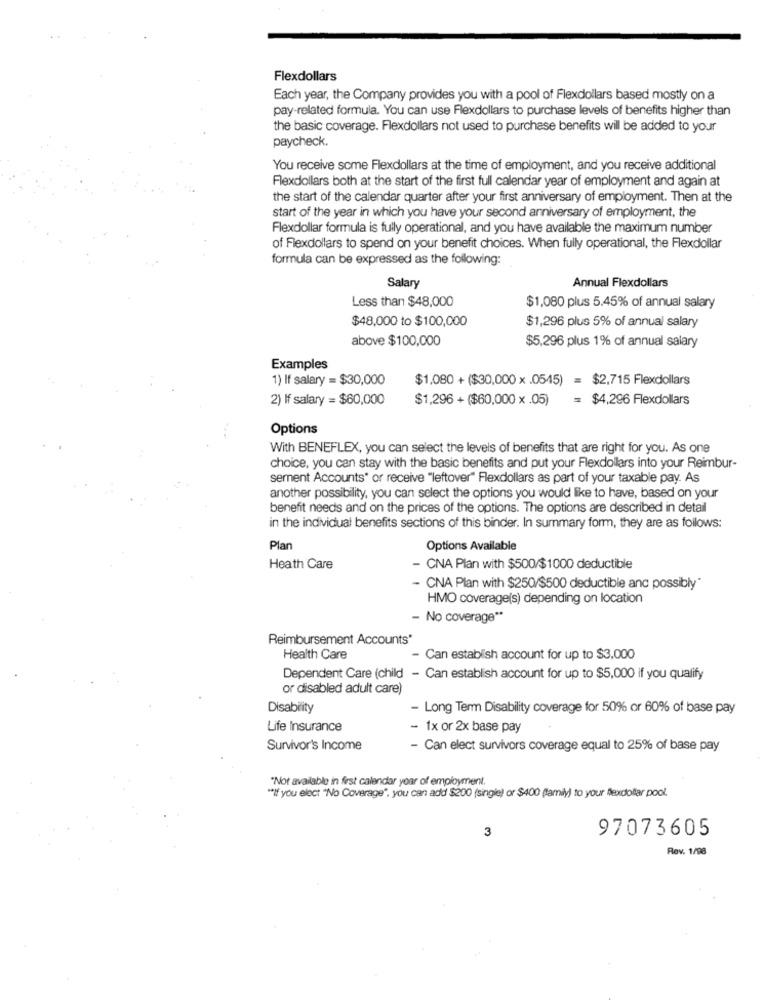
Flexdollars
Each year, the Company provides you with a pool of Flexdollars based mostly on a
pay-related formula. You can use Flexdollars to purchase levels of benefits higher than
the basic coverage. Flexdollars not used to purchase benefits will be added to your
paycheck.
You receive some Flexdollars at the time of employment, and you receive additional
Flexdollars both at the start of the first full calendar year of employment and again at
the start of the calendar quarter after your first anniversary of employment. Then at the
start of the year in which you have your second anniversary of employment, the
Flexdollar formula is fully operational, and you have available the maximum number
of Flexdollars to spend on your benefit choices. When fully operational, the Flexdollar
formula can be expressed as the following:
Salary
Annual Flexdollars
Less than $48,000
$1,080 plus 5.45% of annual salary
$48,000 to $100,000
$1,296 plus 5% of annual salary
above $100,000
$5,296 plus 1% of annual salary
Examples
1) If salary = $30,000
$1.080 + ($30,000 × .0545) = $2,715 Flexdollars
2) If salary = $60,000
$1,296 + ($60,000 x .05)
= $4,296 Flexdollars
Options
With BENEFLEX, you can select the levels of benefits that are right for you. As one
choice, you can stay with the basic benefits and put your Flexdollars into your Reimbur-
sement Accounts" or receive "leftover" Flexdollars as part of your taxable pay. As
another possibility, you can select the options you would like to have, based on your
benefit needs and on the prices of the options. The options are described in detail
in the individual benefits sections of this binder. In summary form, they are as follows:
Plan
Options Available
Heath Care
- CNA Plan with $500/$1000 deductible
- CNA Plan with $250/$500 deductible and possibly"
HMO coverage(s) depending on location
- No coverage **
Reimbursement Accounts*
Health Care
- Can establish account for up to $3,000
Dependent Care (child - Can establish account for up to $5,000 if you qualify
or disabled adult care)
Disability
- Long Term Disability coverage for 50% or 60% of base pay
Life Insurance
- 1x or 2x base pay
Survivor's Income
- Can elect survivors coverage equal to 25% of base pay
"Not available in first calendar year of employment.
"If you elect "No Coverage", you can add $200 (single) or $400 (family) to your flexdollar pool.
3
97073605
Rev. 1/98